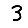
Digit: 3